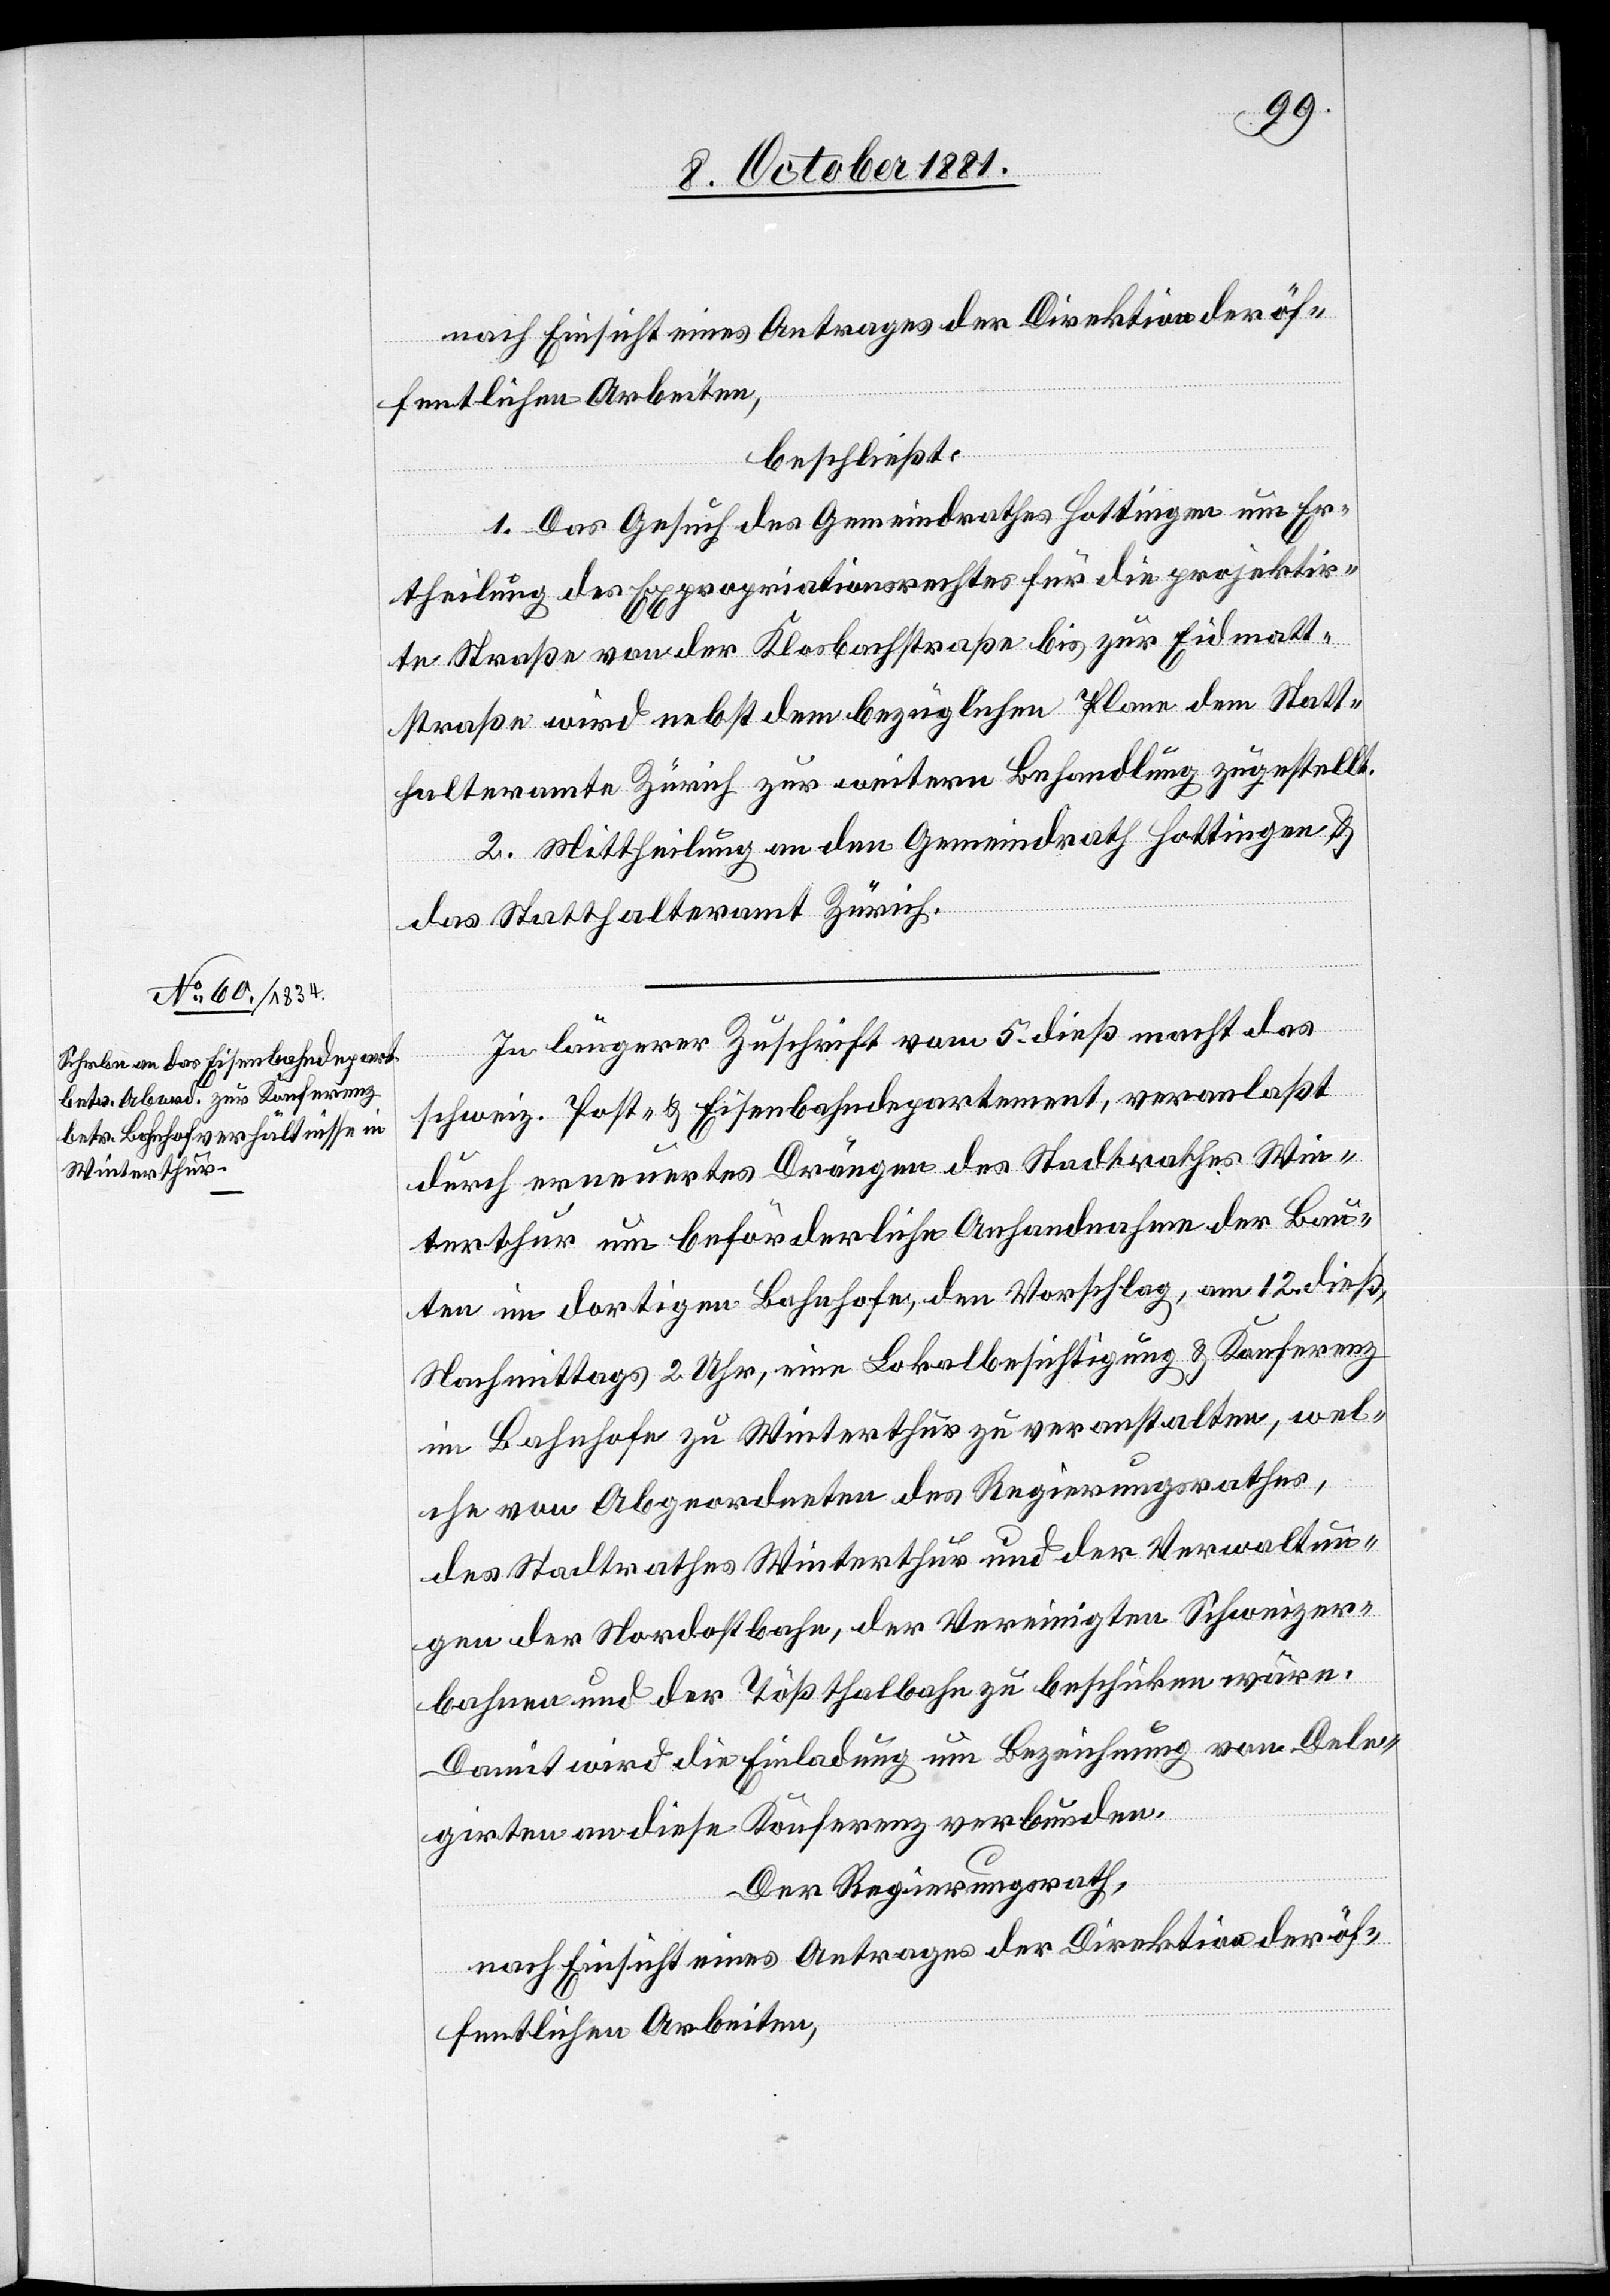
nach Einsicht eines Antrages der Direktion der öf¬
fentlichen Arbeiten,
beschließt:
1. Das Gesuch des Gemeindrathes Hottingen um Er¬
theilung des Expropriationsrechtes für die projektir¬
te Straße von der Klosbachstraße bis zur Eidmatt¬
straße wird nebst dem bezüglichen Plane dem Statt¬
halteramte Zürich zur weitern Behandlung zugestellt.
2. Mittheilung an den Gemeindrath Hottingen &
das Statthalteramt Zürich.
In längerer Zuschrift vom 5. dieß macht das
schweiz. Post- & Eisenbahndepartement, veranlaßt
durch erneuertes Drängen des Stadtrathes Win¬
terthur um beförderliche Anhandnahme der Bau¬
ten im dortigen Bahnhofe, den Vorschlag, am 12. dieß,
Nachmittags 2 Uhr, eine Lokalbesichtigung & Konferenz
im Bahnhofe zu Winterthur zu veranstalten, wel¬
che von Abgeordneten des Regierungsrathes,
des Stadtrathes Winterthur und der Verwaltun¬
gen der Nordostbahn, der Vereinigten Schweizer¬
bahnen und der Tößthalbahn zu beschicken wäre.
Damit wird die Einladung um Bezeichnung von Dele¬
girten an diese Konferenz verbunden.
Der Regierungsrath,
nach Einsicht eines Antrages Direktion der öf¬
fentlichen Arbeiten,